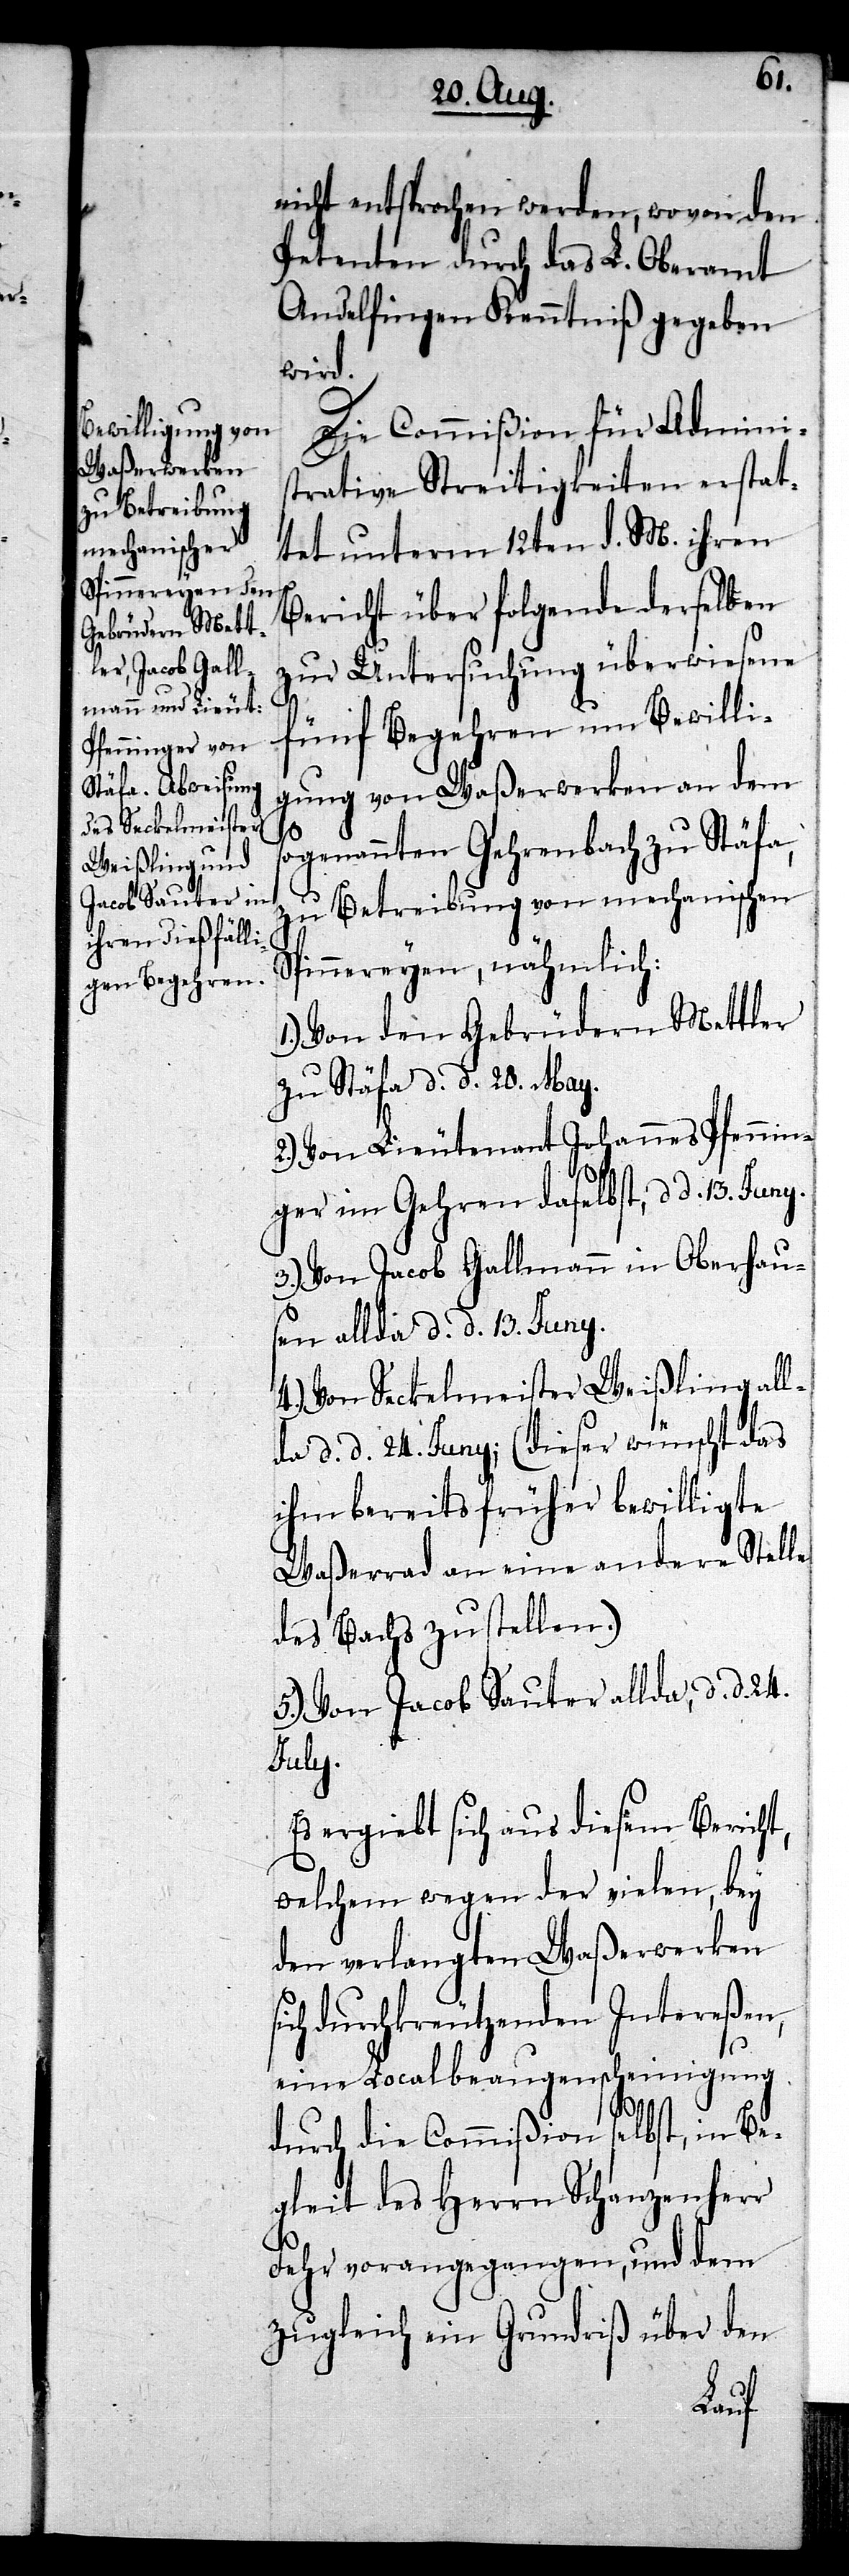
nicht entsprochen werden, wovon den
Petenten durch das L. Oberamt
Andelfingen Kenntniß gegeben
wird.
Die Commißion für Admini¬
strative Streitigkeiten erstat¬
tet unterm 12ten d. M. ihren
Bericht über folgende derselben
zur Untersuchung überwiesene
fünf Begehren um Bewilli¬
gung von Waßerwerken an dem
s¬
ogenannten Gehrenbach zu Stäfa,
zu Betreibung von mechanischen
Spinnereyen, nähmlich:
1.) Von den Gebrüdern Mettler
zu Stäfa d. d. 28. May.
2.) Von Lieutenant Johannes Pfennin¬
ger im Gehren daselbst, d. d. 13.
3.) Von Jacob Gallmann in Oberhau¬
sen allda d. d. 13. Juny.
4.) Von Seckelmeister Weißling all¬
da d. d. 24. Juny; (dieser wünscht das
ihm bereits früher bewilligte
Waßerrad an eine andere Stelle
des Bachs zu stellen.)
5.) Von Jacob Sauter allda, d. d. 24.
July.
Es ergiebt sich aus diesem Bericht,
welchem wegen der vielen, bey
den verlangten Waßerwerken
ich durchkreutzenden Intereßen,
eine Localbeaugenscheinigung
durch die Commißion selbst, in Be¬
gleit des Herrn Schanzenherr
Fehr vorangegangen, und dem
zugleich ein Grundriß über den